65_HS1-834228961_62-HQ-83894_Section_2
Agency: FBI
Page 73
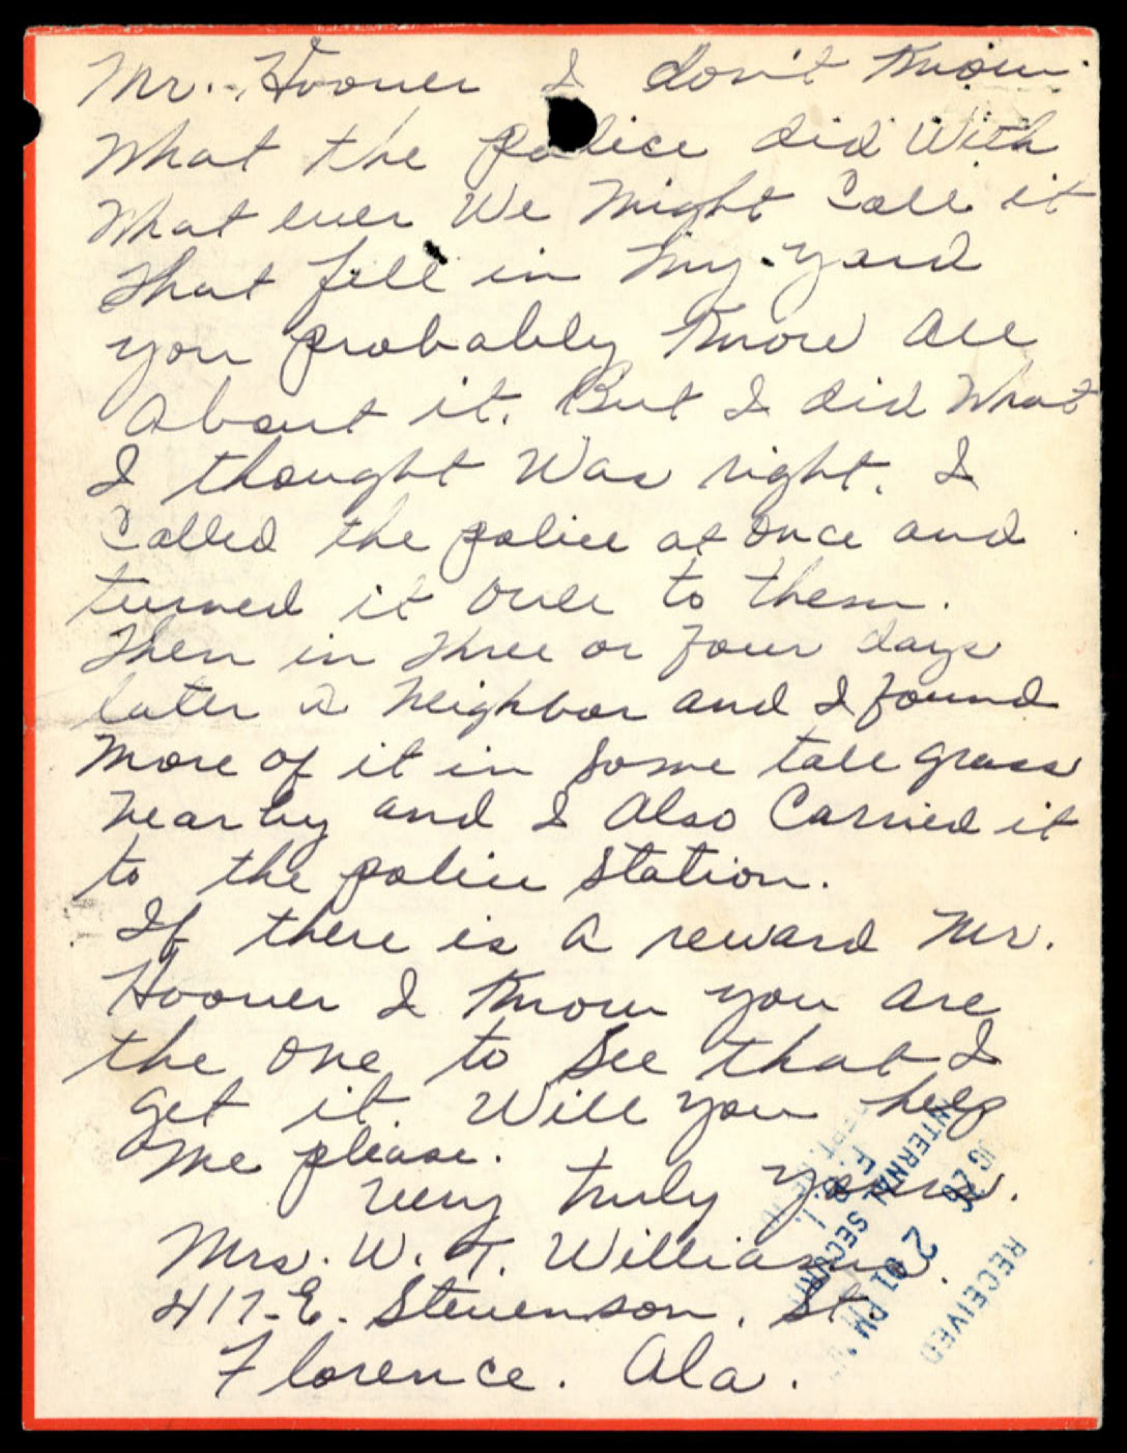